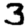
Digit: 3